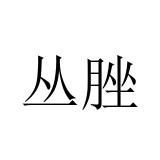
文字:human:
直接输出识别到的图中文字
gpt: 丛脞